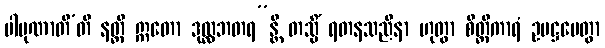
ပါပုဏာတီ’တိ နတ္ထိ ဣတော ဒုလ္လဘတရ”န္တိ တသ္မိံ ရတနသညိနာ ဟုတွာ စိတ္တီကာရံ ဥပဋ္ဌပေတွာ